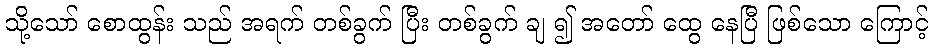
သို့သော် စောထွန်း သည် အရက် တစ်ခွက် ပြီး တစ်ခွက် ချ ၍ အတော် ထွေ နေပြီ ဖြစ်သော ကြောင့်